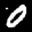
Label: 0